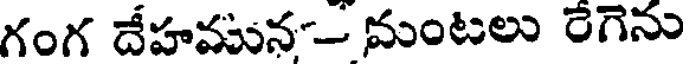
గంగ దేహమున- మంటలు రేగెను